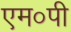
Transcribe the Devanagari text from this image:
एम०पी